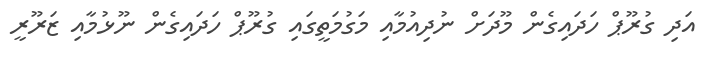
އަދި ގުރޫޕް ހަދައިގެން މޫދަށް ނުދިއުމާއި މަގުމަތީގައި ގުރޫޕް ހަދައިގެން ނޫޅުމާއި ޒަރޫރީ